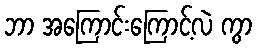
ဘာ အကြောင်းကြောင့်လဲ ကွာ